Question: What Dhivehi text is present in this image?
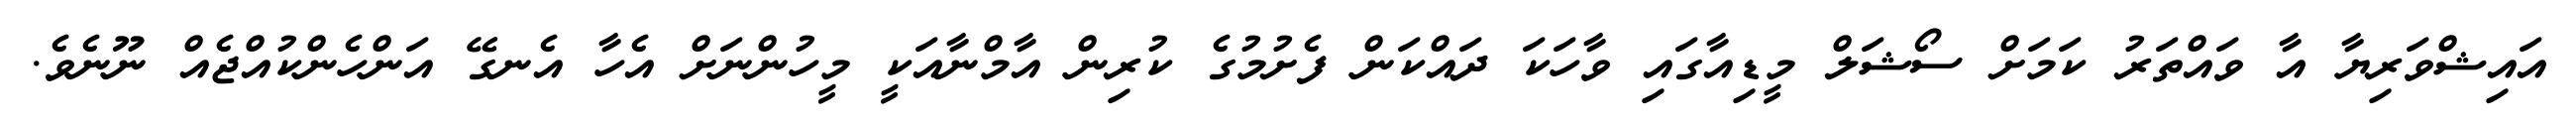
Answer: އައިޝްވަރިޔާ އާ ވައްތަރު ކަމަށް ސޯޝަލް މީޑިއާގައި ވާހަކަ ދައްކަން ފެށުމުގެ ކުރިން އާމްނާއަކީ މީހުންނަށް އެހާ އެނގޭ އަންހެންކުއްޖެއް ނޫނެވެ.